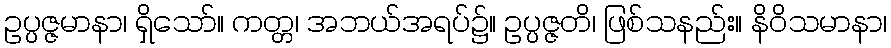
ဥပ္ပဇ္ဇမာနာ၊ ရှိသော်။ ကတ္တ၊ အဘယ်အရပ်၌။ ဥပ္ပဇ္ဇတိ၊ ဖြစ်သနည်း။ နိဝိသမာနာ၊